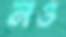
নও